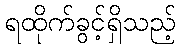
ရထိုက်ခွင့်ရှိသည့်